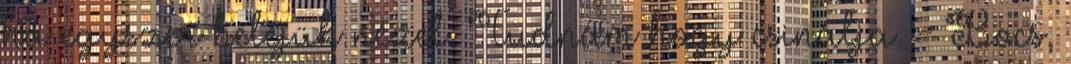
ha egyszer beléjük nézel. Tudnám hogy csinálja. - Bocs,